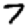
Digit: 7